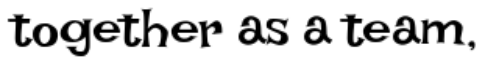
together as a team,